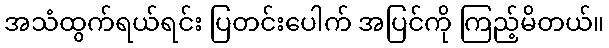
အသံထွက်ရယ်ရင်း ပြတင်းပေါက် အပြင်ကို ကြည့်မိတယ်။